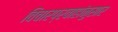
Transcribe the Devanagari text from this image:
विचारप्रवाहांनुसार